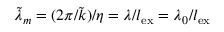
\tilde { \lambda } _ { m } = ( 2 \pi / \tilde { k } ) / \eta = \lambda / l _ { \mathrm { e x } } = \lambda _ { 0 } / l _ { \mathrm { e x } }